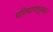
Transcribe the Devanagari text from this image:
परिमाणांनुसार